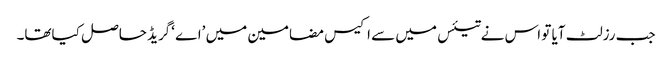
جب رزلٹ آیا تو اس نے تیئس میں سے اکیس مضامین میں ’اے ‘گریڈ حاصل کیاتھا۔